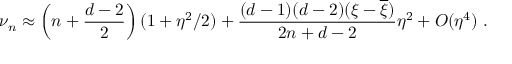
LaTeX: \nu _ { n } \approx \left( n + \frac { d - 2 } 2 \right) ( 1 + \eta ^ { 2 } / 2 ) + \frac { ( d - 1 ) ( d - 2 ) ( \xi - \overline { { { \xi } } } ) } { 2 n + d - 2 } \eta ^ { 2 } + O ( \eta ^ { 4 } ) \ .